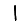
Digit: 1